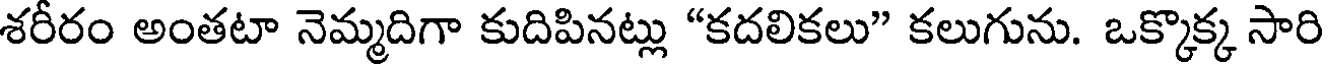
శరీరం అంతటా నెమ్మదిగా కుదిపినట్లు "కదలికలు" కలుగును. ఒక్కొక్క సారి